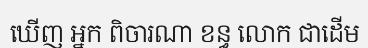
ឃើញ ឣ្នក ពិចារណា ខន្ធ លោក ជាដើម